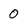
Character: 0